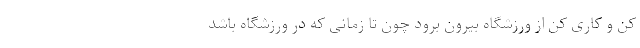
کن و کاری کن از ورزشگاه بیرون برود چون تا زمانی که در ورزشگاه باشد